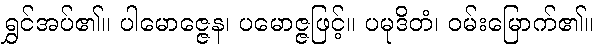
ရွှင်အပ်၏။ ပါမောဇ္ဇေန၊ ပမောဇ္ဇဖြင့်။ ပမုဒိတံ၊ ဝမ်းမြောက်၏။